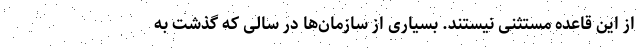
از این قاعده مستثنی نیستند. بسیاری از سازمان‌ها در سالی که گذشت به